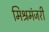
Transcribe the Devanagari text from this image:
मिश्रमंजरी